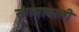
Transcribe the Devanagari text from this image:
संगमावरती